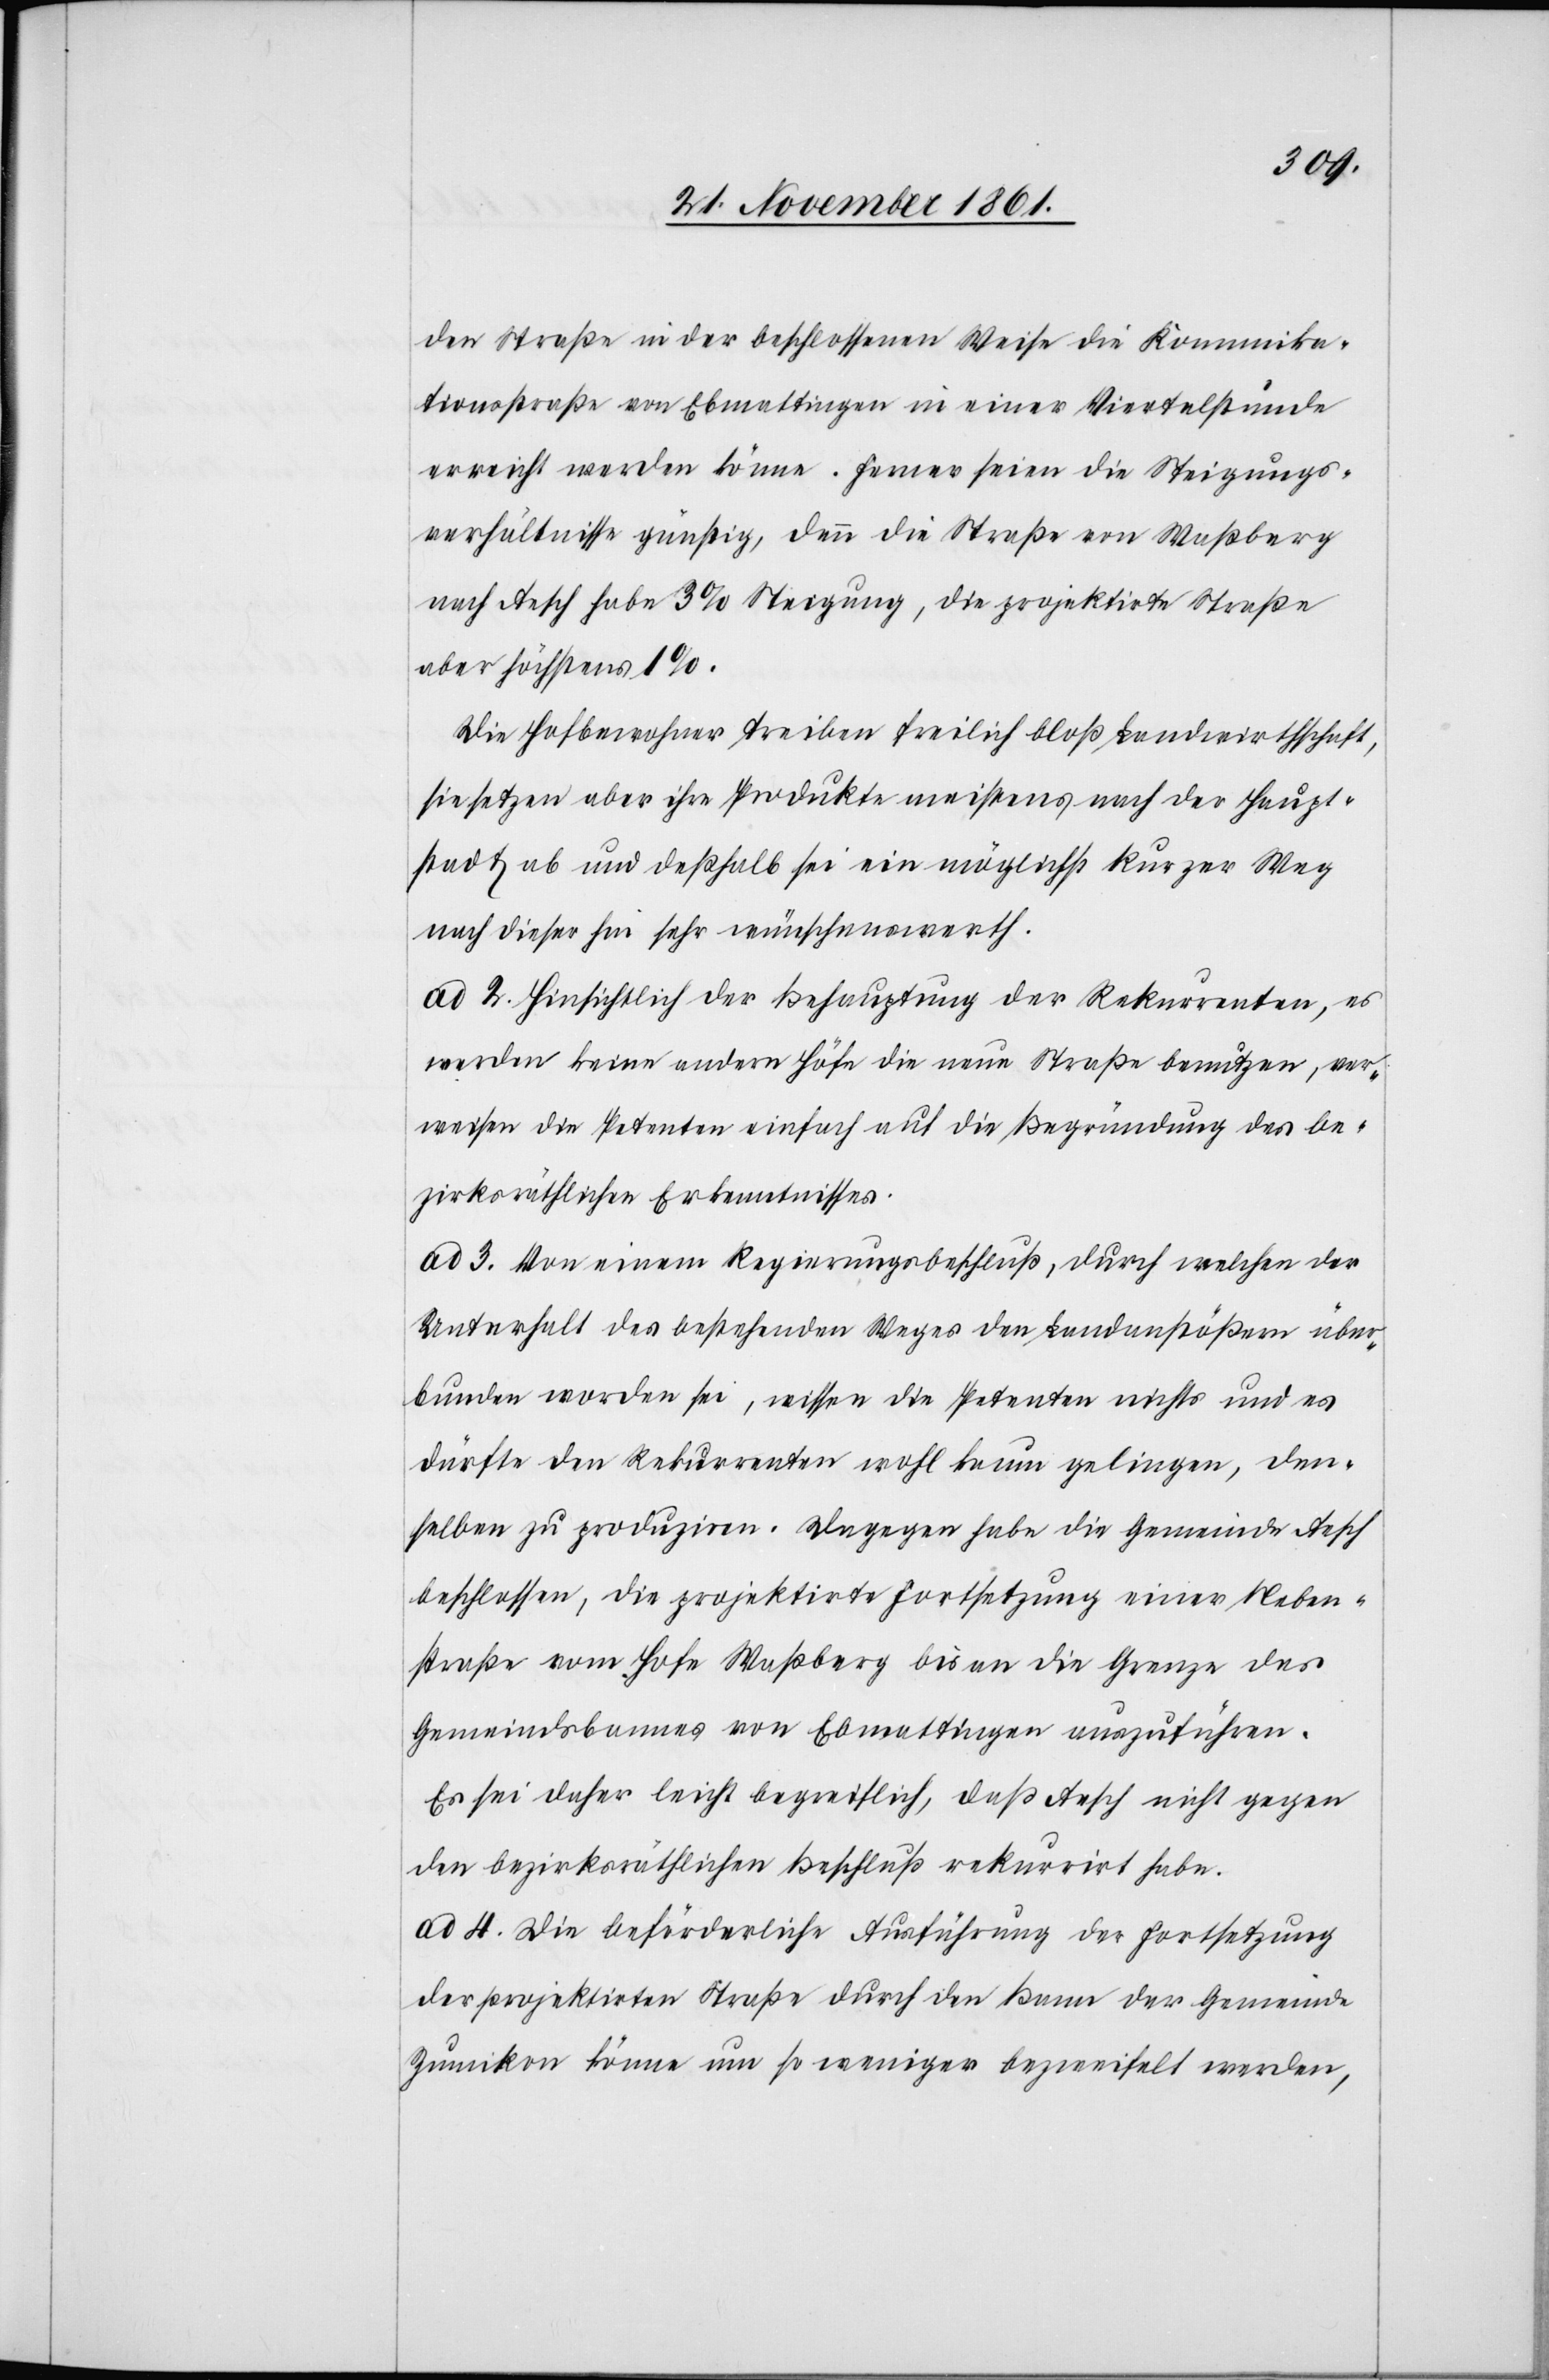
den Straße in der beschlossenen Weise die Kommunika¬
tionsstraße von Ebmattingen in einer Viertelstunde
erreicht werden könne. Ferner seien die Steigungs¬
verhältnisse günstig, denn die Straße von Waßberg
nach Aesch habe 3% Steigung, die projektirte Straße
aber höchstens 1%.
Die Hofbewohner treiben freilich bloß Landwirthschaft,
sie setzen aber ihre Produkte meistens nach der Haupt¬
stadt ab und deßhalb sei ein möglichst kurzer Weg
nach dieser hin sehr wünschenswerth.
ad 2. Hinsichtlich der Behauptung der Rekurrenten, es
werden keine andern Höfe die neue Straße benutzen, ver¬
weisen die Petenten einfach auf die Begründung des be¬
zirksräthlichen Erkenntnisses.
ad 3. Von einem Regierungsbeschlusse, durch welchen der
Unterhalt des bestehenden Weges den Landanstößern über¬
bunden worden sei, wissen die Petenten nichts und es
dürfte den Rekurrenten wohl kaum gelingen, den¬
selben zu produziren. Dagegen habe die Gemeinde Aesch
beschlossen, die projektirte Fortsetzung einer Neben¬
straße vom Hofe Waßberg bis an die Grenze des
Gemeindsbannes von Ebmattingen auszuführen.
Es sei daher leicht begreiflich, daß Aesch nicht gegen
den bezirksräthlichen Beschluß rekurrirt habe.
ad 4. Die beförderliche Ausführung der Fortsetzung
der projektirten Straße durch den Bann der Gemende
Zumikon könne um so weniger bezweifelt werden,